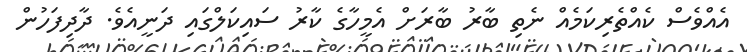
އެއްވެސް ކެއްތެރިކަމެއް ނެތި ބާރު ބާރަށް އެމީހާގެ ކާރު ސައިކަލްގައި ދަނީއެވެ. ދާދިފަހުން